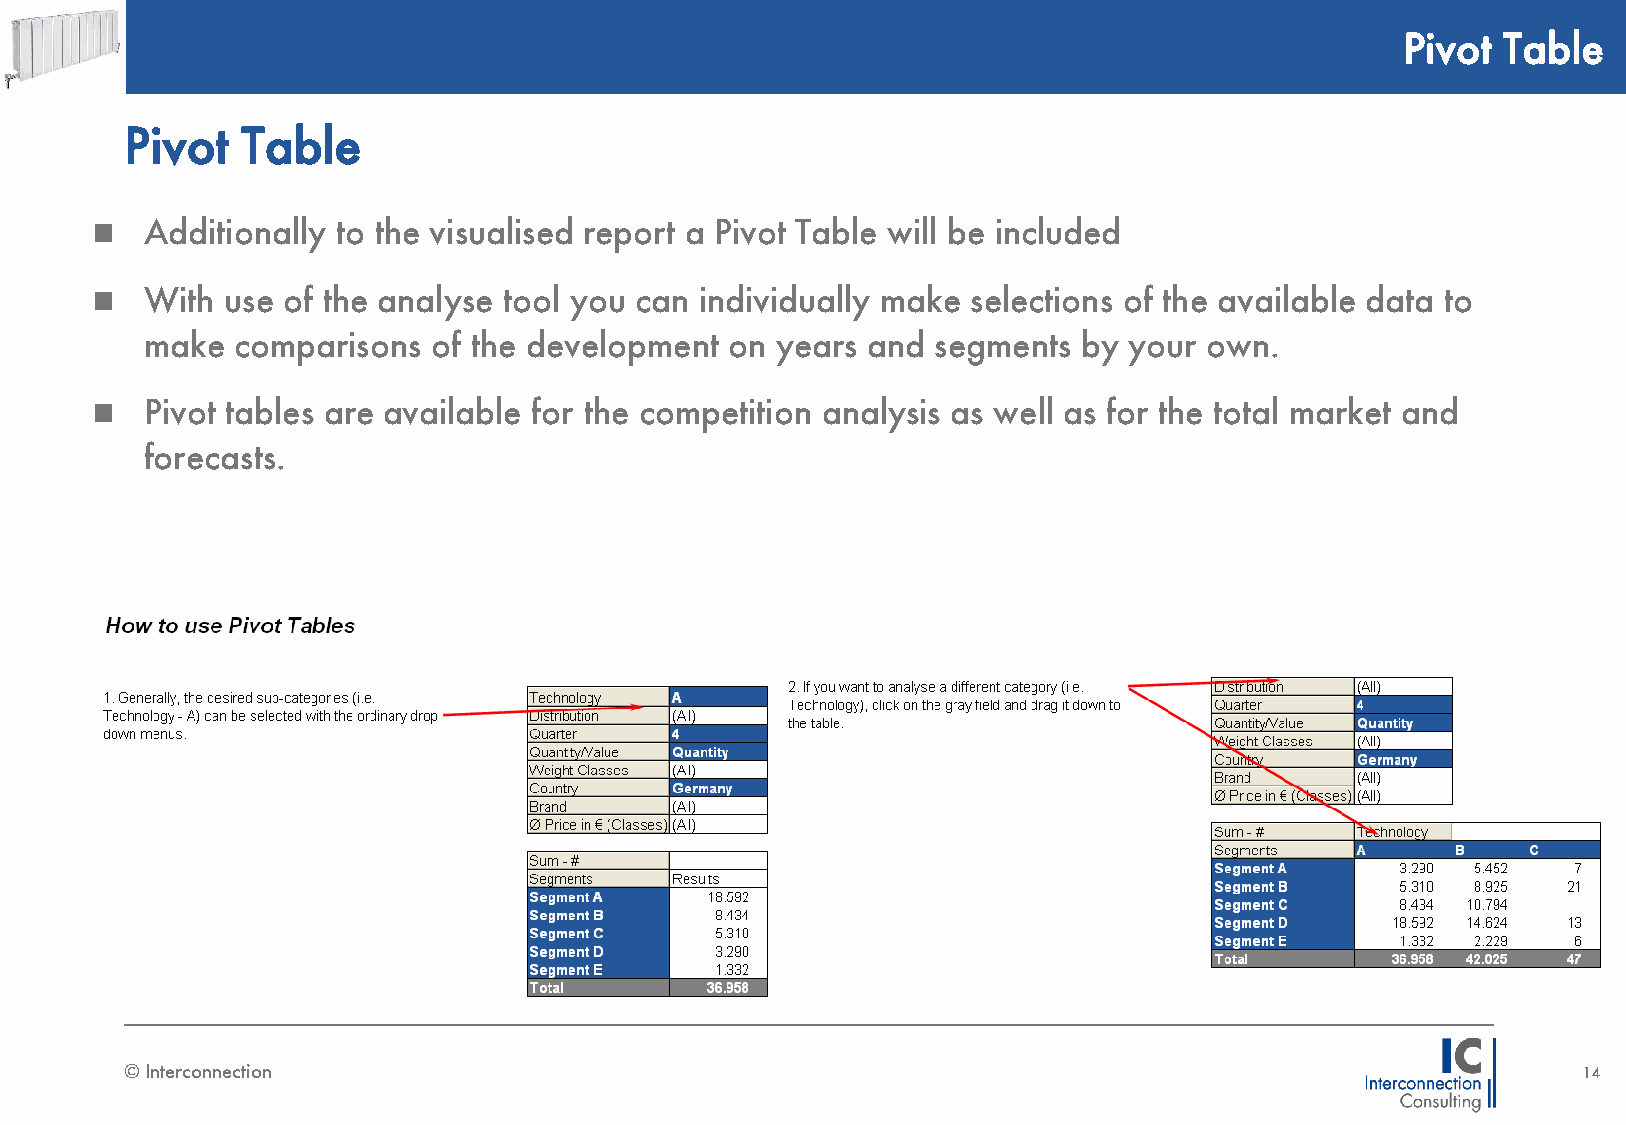
Pivot Table
 Pivot   Table
    Additionally to the visualised report a Pivot Table will be included
    With use of the analyse tool you can individually make selections of the available data to
 make comparisons   of the development on years and  segments  by your own.
    Pivot tables are available for the competition analysis as well as for the total market and
 forecasts.
 © Interconnection                                                                                14